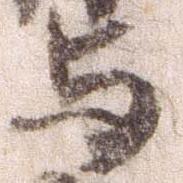
与